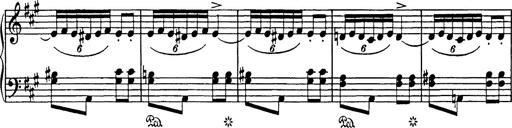
Title: Mephisto Polka
Composer: Franz Liszt